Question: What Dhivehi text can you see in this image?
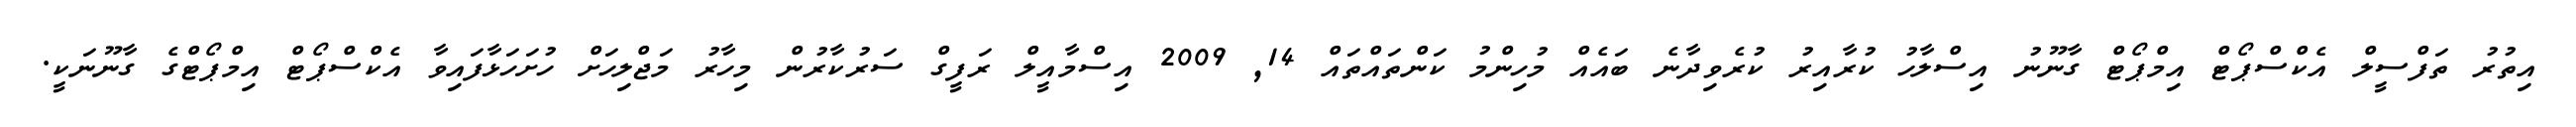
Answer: އިތުރު ތަފްސީލް އެކްސްޕޯޓް އިމްޕޯޓް ގާނޫނު އިސްލާހު ކުރާއިރު ކުރެވިދާނެ ބައެއް މުހިންމު ކަންތައްތައް 14, 2009 އިސްމާއީލް ރަފީގް ސަރުކާރުން މިހާރު މަޖްލިހަށް ހުށަހަޅާފައިވާ އެކްސްޕޯޓް އިމްޕޯޓްގެ ގާނޫނަކީ.